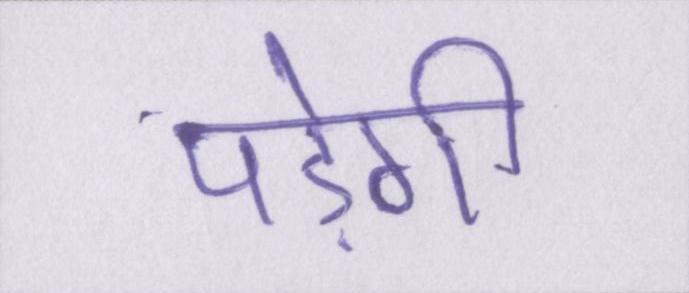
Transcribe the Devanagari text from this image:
पड़ेगी